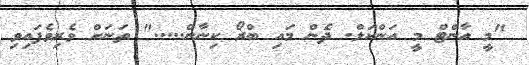
"މީ އާންޓް މީ އަންކަލް. ދެން މައި ބްރޯ ކިނާން....." ތަނަށް ވެރިވެފައިވި